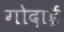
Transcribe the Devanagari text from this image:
गोदाई